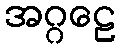
အဂ္ဂဠေ